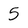
Character: 5